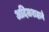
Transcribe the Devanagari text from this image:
अदिलशहाने